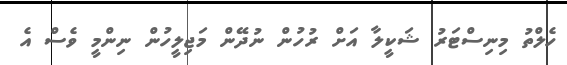
ހެލްތު މިނިސްޓަރު ޝަކީލާ އަށް ރުހުން ނުދޭން މަޖިލީހުން ނިންމީ ވެސް އެ